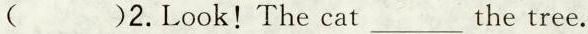
()2.Look!The cat___the tree.